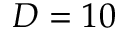
D = 1 0